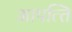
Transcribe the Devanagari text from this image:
आपत्‍ति